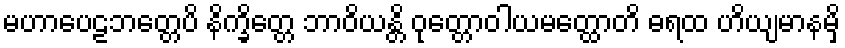
မဟာပေဠဘတ္တေပိ နိက္ခိတ္တေ ဘာဝိယန္တိ ဝုတ္တောဝါယမတ္ထောတိ ဓရထ ဟိယျမာနမှိ